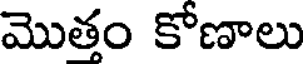
మొతం కోణాలు